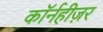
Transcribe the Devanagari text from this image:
कॉर्नहीज़र